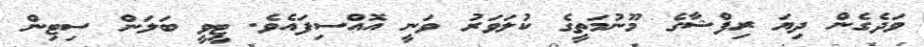
ވަދެގެން ދިޔަ ރިފްޝާގެ މޫނުމަތީގެ ކުލަވަރު ވަނީ އޮއްސިފައެވެ. ޓީވީ ބަލަން ސިޓިން